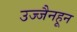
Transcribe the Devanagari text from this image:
उज्जैनहून